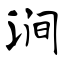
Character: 涧